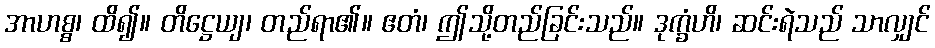
အာဟစ္စ၊ ထိ၍။ တိဋ္ဌေယျ၊ တည်ရာ၏။ ဧတံ၊ ဤသို့တည်ခြင်းသည်။ ဒုက္ခံဟိ၊ ဆင်းရဲသည် သာလျှင်